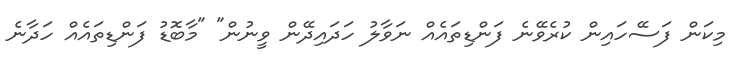
މިކަން ފަސޭހައިން ކުރެވޭނެ ފަންޑިތައެއް ނަވާލު ހަދައިދޭން ވީނުން" "މާބޮޑު ފަންޑިތައެއް ހަދާނެ